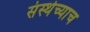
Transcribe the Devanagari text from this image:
संस्थेच्याच